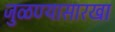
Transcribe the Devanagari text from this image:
जुळण्यासारखा